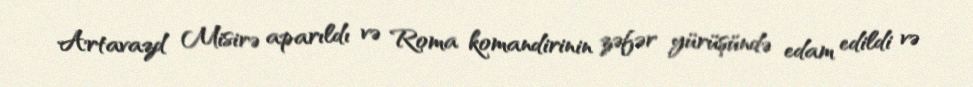
Artavazd Misirə aparıldı və Roma komandirinin zəfər yürüşündə edam edildi və